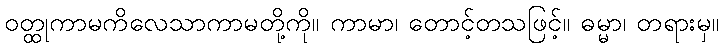
ဝတ္ထုကာမကိလေသာကာမတို့ကို။ ကာမာ၊ တောင့်တသဖြင့်။ ဓမ္မာ၊ တရားမှ။